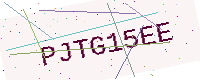
Text: PJTG15EE